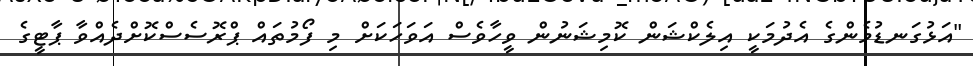
"އަޅުގަނޑުމެންގެ އެދުމަކީ އިލެކްޝަން ކޮމިޝަނުން ވީހާވެސް އަވަހަކަށް މި ފޯމުތައް ޕްރޮސެސްކޮށްދެއްވާ ޕާޓީގެ